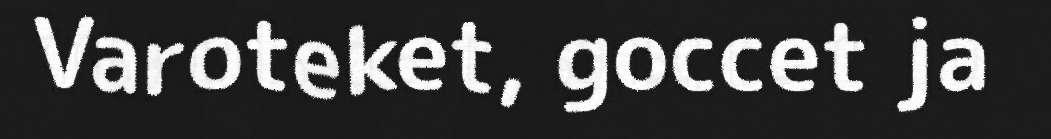
Varoteket, goccet ja